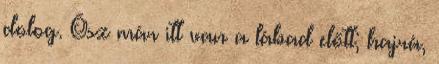
dolog. Ősz már itt van a lábad előtt; hajrá,